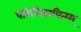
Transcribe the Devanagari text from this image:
परिनिठापितम्